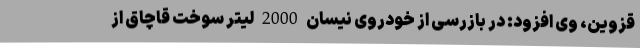
قزوین، وی افزود: در بازرسی از خودروی نیسان 2000 لیتر سوخت قاچاق از